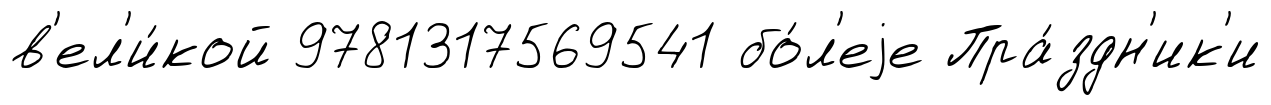
в'ел'и́кой 9781317569541 бо́л'еjе Пра́здн'ик'и